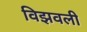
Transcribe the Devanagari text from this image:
विझवली